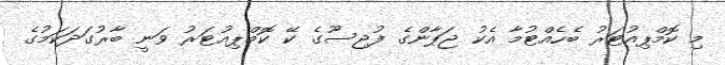
މި ކޮމްޕިއުޓަރު ބެހެއްޓުމާ އެކު ޖަޕާންގެ ފުޖިސޫގެ ކޭ ކޮމްޕިއުޓަރު ވަނީ ބާރުގަދަކަމުގެ